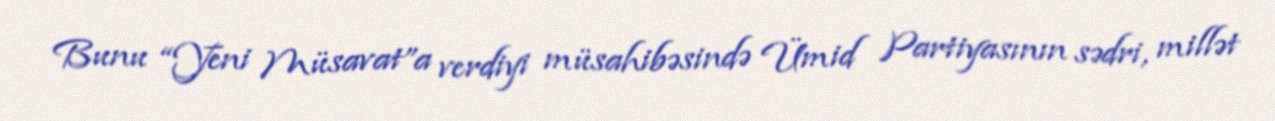
Bunu “Yeni Müsavat”a verdiyi müsahibəsində Ümid Partiyasının sədri, millət